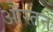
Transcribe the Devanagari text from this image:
औस्तन